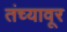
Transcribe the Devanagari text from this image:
तंच्यावूर